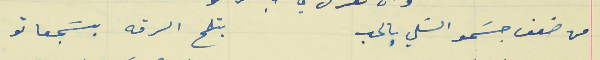
من ضعف جسَمو السَلي بالحب                                 بتلمح الرقه بسَجعاتو